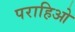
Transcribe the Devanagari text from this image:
पराहिओ